Report on horse surra - Volume I
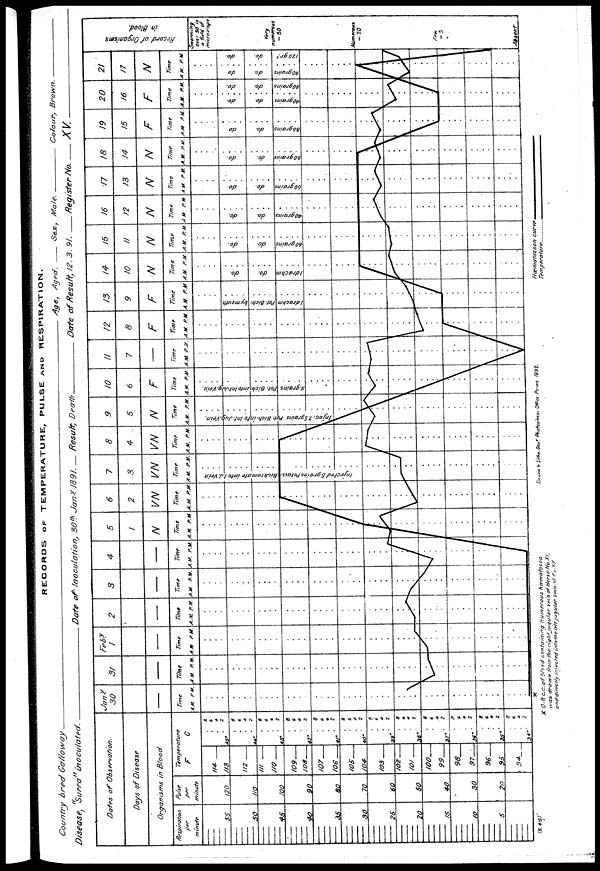
RECORDS OF TEMPERATURE, PULSE AND RESPIRATION.